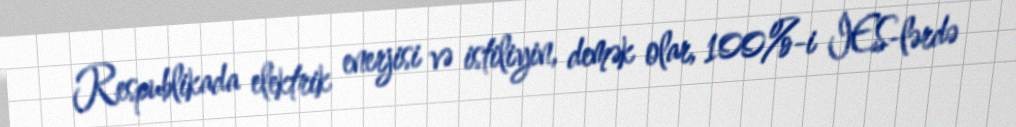
Respublikada elektrik enerjisi və istiliyin, demək olar, 100%-i İES-lərdə